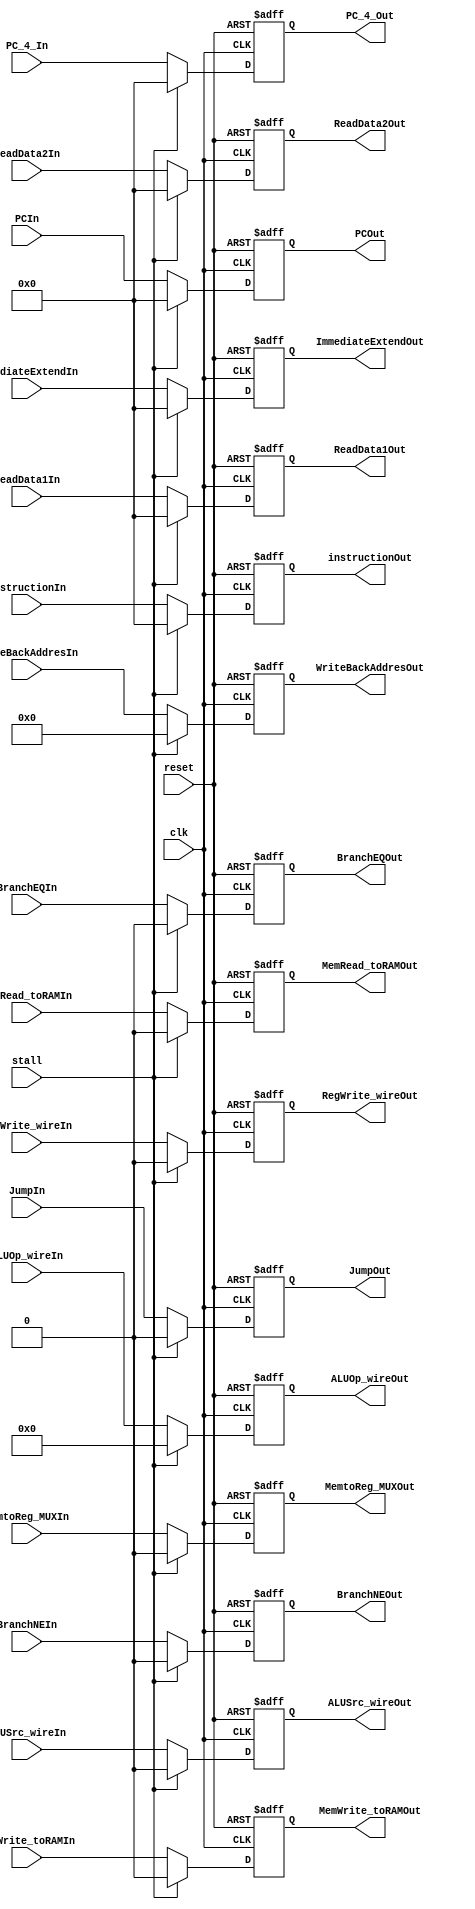

module PipeIDEX
(
	input clk,
	input reset,
	input stall,
	input [31:0] instructionIn,
	input [31:0] ReadData1In,
	input [31:0] ReadData2In,
	input [4:0] WriteBackAddresIn,
	input [31:0] ImmediateExtendIn,
	input [31:0] PC_4_In,
	input [31:0] PCIn,
	input BranchNEIn,
	input BranchEQIn,
	input MemRead_toRAMIn,
	input MemtoReg_MUXIn,
	input MemWrite_toRAMIn,
	input [3:0] ALUOp_wireIn,
	input ALUSrc_wireIn,
	input RegWrite_wireIn,
	input JumpIn,

	output reg [31:0] instructionOut,
	output reg [31:0] ReadData1Out,
	output reg [31:0] ReadData2Out,
	output reg [31:0] ImmediateExtendOut,
	output reg [4:0] WriteBackAddresOut,
	output reg [31:0] PC_4_Out,
	output reg [31:0] PCOut,
	output reg BranchNEOut,
	output reg BranchEQOut,
	output reg MemRead_toRAMOut,
	output reg MemtoReg_MUXOut,
	output reg MemWrite_toRAMOut,
	output reg [3:0] ALUOp_wireOut,
	output reg ALUSrc_wireOut,
	output reg RegWrite_wireOut,
	output reg JumpOut
);


always@(negedge reset or negedge clk) 
begin
	if(reset==0)
		begin
			instructionOut <= 0;
			ReadData1Out <= 0;
			ReadData2Out <= 0;
			ImmediateExtendOut <= 0;
			WriteBackAddresOut <= 0;
			JumpOut <= 0;
			PC_4_Out <= 0;
			PCOut <= 0;
			BranchNEOut <= 0;
			BranchEQOut <= 0;
			MemRead_toRAMOut <= 0;
			MemtoReg_MUXOut <= 0;
			MemWrite_toRAMOut <= 0;
			ALUOp_wireOut <= 0;
			ALUSrc_wireOut <= 0;
			RegWrite_wireOut <= 0;
		end
	else if(stall == 1)
	begin
		instructionOut <= 0;
		ReadData1Out <= 0;
		ReadData2Out <= 0;
		ImmediateExtendOut <= 0;
		WriteBackAddresOut <= 0;
		JumpOut <= 0;
		PC_4_Out <= 0;
		PCOut <= 0;
		BranchNEOut <= 0;
		BranchEQOut <= 0;
		MemRead_toRAMOut <= 0;
		MemtoReg_MUXOut <= 0;
		MemWrite_toRAMOut <= 0;
		ALUOp_wireOut <= 0;
		ALUSrc_wireOut <= 0;
		RegWrite_wireOut <= 0;
	end
	else	
		begin

			instructionOut <= instructionIn;
			ReadData1Out <= ReadData1In;
			ReadData2Out <= ReadData2In;
			ImmediateExtendOut <= ImmediateExtendIn;
			WriteBackAddresOut <= WriteBackAddresIn;
			JumpOut <= JumpIn;
			PC_4_Out <= PC_4_In;
			PCOut <= PCIn; 
			BranchNEOut <= BranchNEIn;
			BranchEQOut <= BranchEQIn;
			MemRead_toRAMOut <= MemRead_toRAMIn;
			MemtoReg_MUXOut <= MemtoReg_MUXIn;
			MemWrite_toRAMOut <= MemWrite_toRAMIn;
			ALUOp_wireOut <= ALUOp_wireIn;
			ALUSrc_wireOut <= ALUSrc_wireIn;
			RegWrite_wireOut <= RegWrite_wireIn;
		end	
end
endmodule